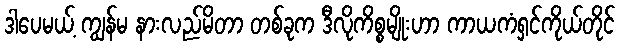
ဒါပေမယ့် ကျွန်မ နားလည်မိတာ တစ်ခုက ဒီလိုကိစ္စမျိုးဟာ ကာယကံရှင်ကိုယ်တိုင်